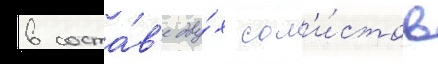
в соста́в'е дву́х сол'и́стов